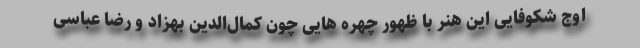
اوج شکوفایی این هنر با ظهور چهره هایی چون کمال‌الدین بهزاد و رضا عباسی